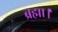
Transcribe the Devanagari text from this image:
ब्रह्मा।